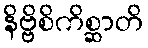
နိဗ္ဗိစိကိစ္ဆာတိ